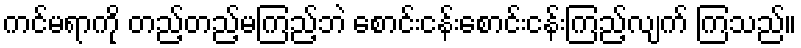
ကင်မရာကို တည့်တည့်မကြည့်ဘဲ စောင်းငန်းစောင်းငန်းကြည့်လျက် ကြသည်။